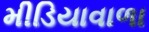
મીડિયાવાળા